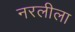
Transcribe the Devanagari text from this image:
नरलीला